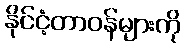
နိုင်ငံ့တာဝန်များကို